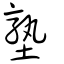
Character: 塾